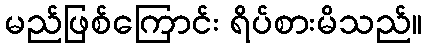
မည်ဖြစ်ကြောင်း ရိပ်စားမိသည်။